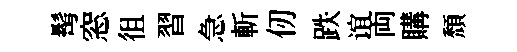
髩窓徂習急斬仞跌谊両購頹